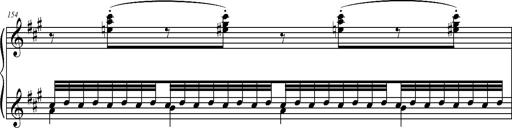
Title: 2 LÃ©gendes
Composer: Franz Liszt